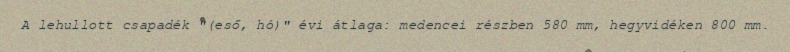
A lehullott csapadék "(eső, hó)" évi átlaga: medencei részben 580 mm, hegyvidéken 800 mm.